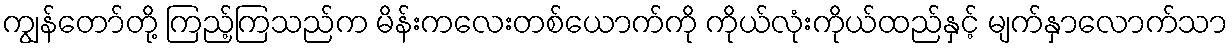
ကျွန်တော်တို့ ကြည့်ကြသည်က မိန်းကလေးတစ်ယောက်ကို ကိုယ်လုံးကိုယ်ထည်နှင့် မျက်နှာလောက်သာ